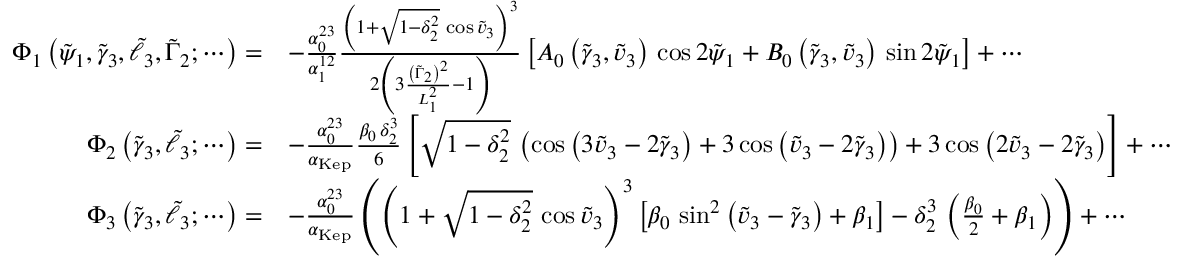
\begin{array} { r l } { \Phi _ { 1 } \left( \tilde { \psi } _ { 1 } , \tilde { \gamma } _ { 3 } , \tilde { \ell } _ { 3 } , \tilde { \Gamma } _ { 2 } ; \cdots \right) = } & { - \frac { \alpha _ { 0 } ^ { 2 3 } } { \alpha _ { 1 } ^ { 1 2 } } \frac { \left( 1 + \sqrt { 1 - \delta _ { 2 } ^ { 2 } } \, \cos \tilde { v } _ { 3 } \right) ^ { 3 } } { 2 \left( 3 \frac { \left( \tilde { \Gamma } _ { 2 } \right) ^ { 2 } } { L _ { 1 } ^ { 2 } } - 1 \right) } \left[ A _ { 0 } \left( \tilde { \gamma } _ { 3 } , \tilde { v } _ { 3 } \right) \, \cos 2 \tilde { \psi } _ { 1 } + B _ { 0 } \left( \tilde { \gamma } _ { 3 } , \tilde { v } _ { 3 } \right) \, \sin 2 \tilde { \psi } _ { 1 } \right] + \cdots } \\ { \Phi _ { 2 } \left( \tilde { \gamma } _ { 3 } , \tilde { \ell } _ { 3 } ; \cdots \right) = } & { - \frac { \alpha _ { 0 } ^ { 2 3 } } { \alpha _ { \mathrm { K e p } } } \frac { \beta _ { 0 } \, \delta _ { 2 } ^ { 3 } } { 6 } \left[ \sqrt { 1 - \delta _ { 2 } ^ { 2 } } \, \left( \cos \left( 3 \tilde { v } _ { 3 } - 2 \tilde { \gamma } _ { 3 } \right) + 3 \cos \left( \tilde { v } _ { 3 } - 2 \tilde { \gamma } _ { 3 } \right) \right) + 3 \cos \left( 2 \tilde { v } _ { 3 } - 2 \tilde { \gamma } _ { 3 } \right) \right] + \cdots } \\ { \Phi _ { 3 } \left( \tilde { \gamma } _ { 3 } , \tilde { \ell } _ { 3 } ; \cdots \right) = } & { - \frac { \alpha _ { 0 } ^ { 2 3 } } { \alpha _ { \mathrm { K e p } } } \left( \left( 1 + \sqrt { 1 - \delta _ { 2 } ^ { 2 } } \, \cos \tilde { v } _ { 3 } \right) ^ { 3 } \left[ \beta _ { 0 } \, \sin ^ { 2 } \left( \tilde { v } _ { 3 } - \tilde { \gamma } _ { 3 } \right) + \beta _ { 1 } \right] - \delta _ { 2 } ^ { 3 } \, \left( \frac { \beta _ { 0 } } { 2 } + \beta _ { 1 } \right) \right) + \cdots } \end{array}